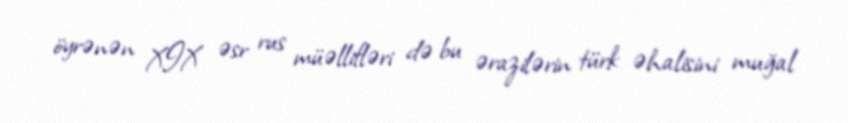
öyrənən XIX əsr rus müəllifləri də bu ərazilərin türk əhalisini muğal